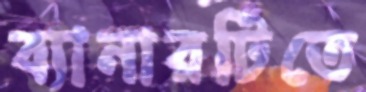
ব্যানারটিতে